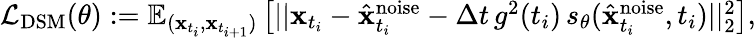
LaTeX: \begin{array}{r}{\mathcal{L}_{\mathrm{DSM}}(\theta):=\mathbb{E}_{(\mathbf{x}_{t_{i}},\mathbf{x}_{t_{i+1}})}\left[||\mathbf{x}_{t_{i}}-\hat{\mathbf{x}}_{t_{i}}^{\mathrm{noise}}-\Delta t\, g^{2}(t_{i})\, s_{\theta}(\hat{\mathbf{x}}_{t_{i}}^{\mathrm{noise}},t_{i})||_{2}^{2}\right],}\end{array}